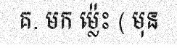
គ. មក ម្ល៉េះ ( មុន